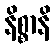
နိစ္စာနိ